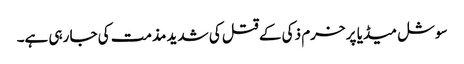
سوشل میڈیا پر خرم ذکی کے قتل کی شدید مذمت کی جا رہی ہے۔